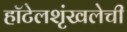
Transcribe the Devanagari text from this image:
हॉटेलशृंखलेची